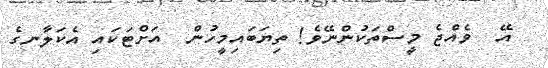
އޭ  ވެއްޖެ މީސްތަކުންނޭވެ! ތިޔަބައިމީހުން  އަށްޓަކައި އެކަލާނގެ